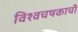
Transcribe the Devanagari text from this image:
विश्वचषकाची